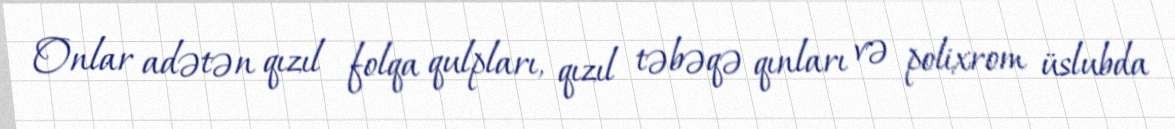
Onlar adətən qızıl folqa qulpları, qızıl təbəqə qınları və polixrom üslubda